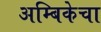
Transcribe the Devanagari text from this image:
अम्बिकेचा